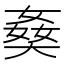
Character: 𡟗